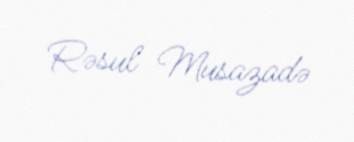
Rəsul Musazadə